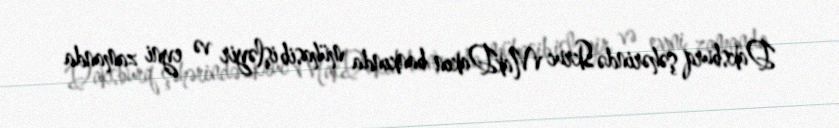
Daksburq şəhərində Skruc MakDakın bankında mühasib işləyir və eyni zamanda